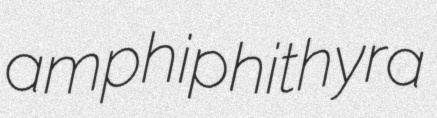
amphiphithyra